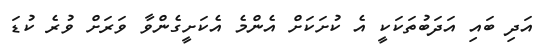
އަދި ބައި އަދަބުތަކަކީ އެ ކުށަކަށް އެންމެ އެކަށީގެންވާ ވަރަށް ވުރެ ކުޑަ